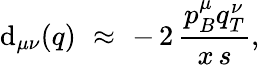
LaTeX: \mathrm{d}_{\mu\nu}(q)\, \, \approx\, \, -\, 2\, \frac{{p_{B}^{\mu}q_{T}^{\nu}}}{{x\, s}},